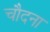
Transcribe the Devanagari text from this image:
चौदना